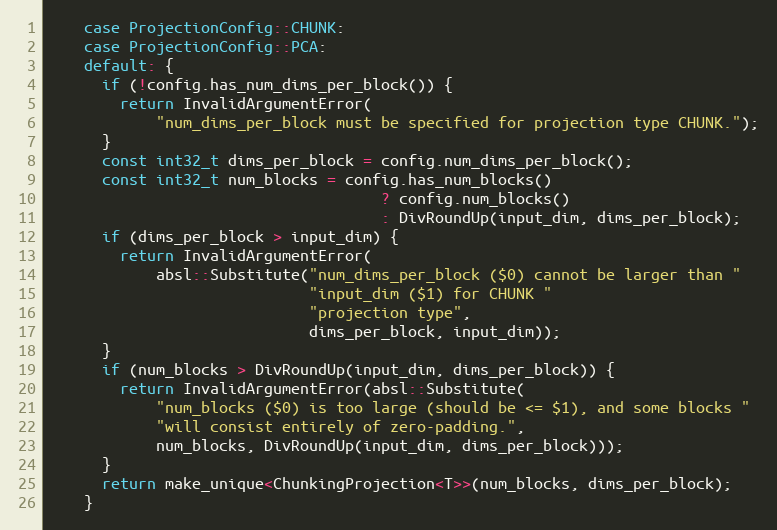
Language: C++
    case ProjectionConfig::CHUNK:
    case ProjectionConfig::PCA:
    default: {
      if (!config.has_num_dims_per_block()) {
        return InvalidArgumentError(
            "num_dims_per_block must be specified for projection type CHUNK.");
      }
      const int32_t dims_per_block = config.num_dims_per_block();
      const int32_t num_blocks = config.has_num_blocks()
                                     ? config.num_blocks()
                                     : DivRoundUp(input_dim, dims_per_block);
      if (dims_per_block > input_dim) {
        return InvalidArgumentError(
            absl::Substitute("num_dims_per_block ($0) cannot be larger than "
                             "input_dim ($1) for CHUNK "
                             "projection type",
                             dims_per_block, input_dim));
      }
      if (num_blocks > DivRoundUp(input_dim, dims_per_block)) {
        return InvalidArgumentError(absl::Substitute(
            "num_blocks ($0) is too large (should be <= $1), and some blocks "
            "will consist entirely of zero-padding.",
            num_blocks, DivRoundUp(input_dim, dims_per_block)));
      }
      return make_unique<ChunkingProjection<T>>(num_blocks, dims_per_block);
    }